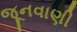
જૂનવાણી